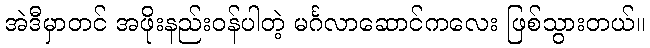
အဲဒီမှာတင် အဖိုးနည်းဝန်ပါတဲ့ မင်္ဂလာဆောင်ကလေး ဖြစ်သွားတယ်။